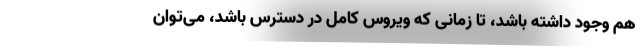
هم وجود داشته باشد، تا زمانی که ویروس کامل در دسترس باشد، می‌توان